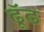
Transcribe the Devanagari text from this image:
ढूॅढ